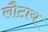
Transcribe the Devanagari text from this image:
लौटाय